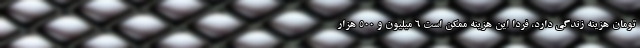
تومان هزینه زندگی دارد، فردا این هزینه ممکن است ۶ میلیون و ۵۰۰ هزار